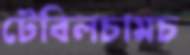
টেবিলচামচ